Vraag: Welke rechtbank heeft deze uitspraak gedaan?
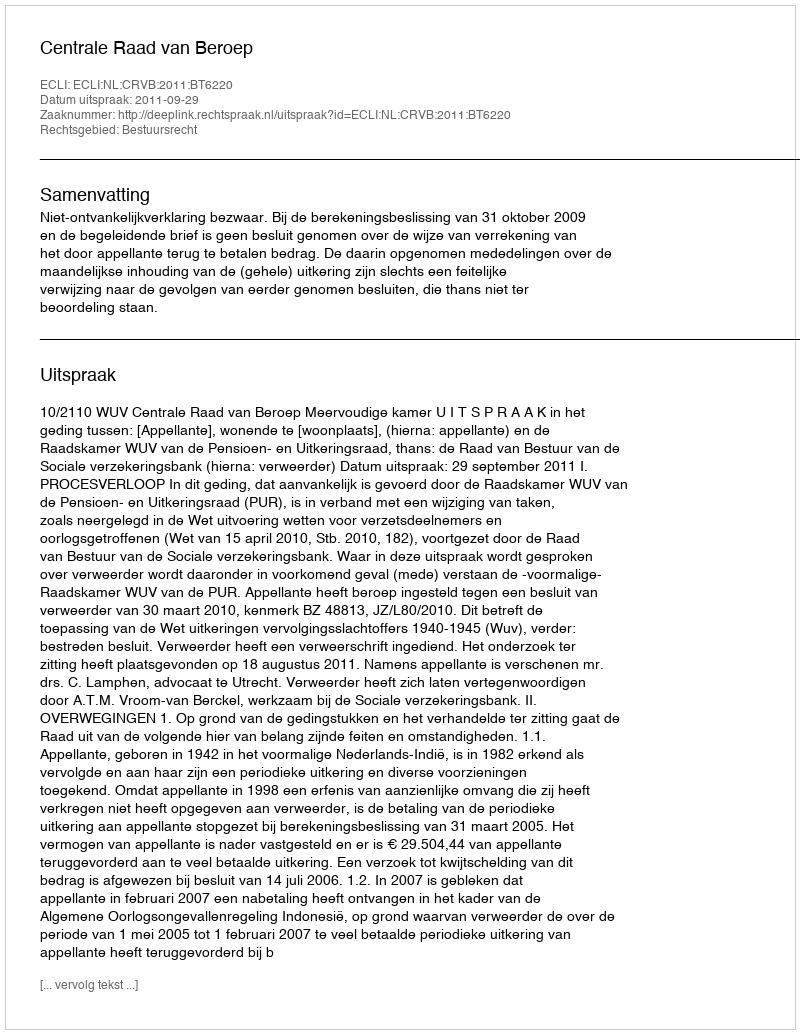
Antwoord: Centrale Raad van Beroep